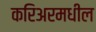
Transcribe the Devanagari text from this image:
करिअरमधील